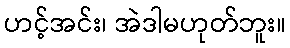
ဟင့်အင်း၊ အဲဒါမဟုတ်ဘူး။